Annual administration report of the Civil Veterinary Department of India - 1896-1897
Year: 1896
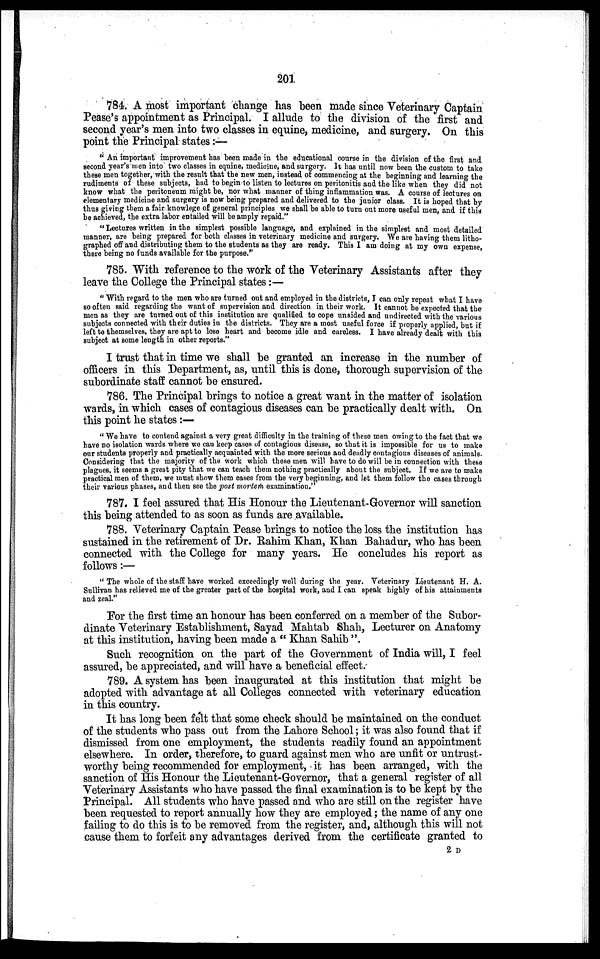
201
784. A most important change has been made since Veterinary Captain
Pease's appointment as Principal. I allude to the division of the first and
second year's men into two classes in equine, medicine, and surgery. On this
point the Principal states:—
" An important improvement has been made in the educational course in the division of the first and
second year's men into two classes in equine, medicine, and surgery. It has until now been the custom to take
these men together, with the result that the new men, instead of commencing at the beginning and learning the
rudiments of these subjects, had to begin to listen to lectures on peritonitis and the like when they did not
know what the peritoneum might be, nor what manner of thing inflammation was. A course of lectures on
elementary medicine and surgery is now being prepared and delivered to the junior class. It is hoped that by
thus giving them a fair knowlege of general principles we shall be able to turn out more useful men, and if this
be achieved, the extra labor entailed will be amply repaid."
" Lectures written in the simplest possible language, and explained in the simplest and most detailed
manner, are being prepared for both classes in veterinary medicine and surgery. We are having them litho-
graphed off and distributing them to the students as they are ready. This I am doing at my own expense,
there being no funds available for the purpose."
785. With reference to the work of the Veterinary Assistants after they
leave the College the Principal states:—
" With regard to the men who are turned out and employed in the districts, I can only repeat what I have
so often said regarding the want of supervision and direction in their work. It cannot be expected that the
men as they are turned out of this institution are qualified to cope unaided and undirected with the various
subjects connected with their duties in the districts. They are a most useful force if properly applied, but if
left to themselves, they are apt to lose heart and become idle and careless. I have already dealt with this
subject at some length in other reports."
I trust that in time we shall be granted an increase in the number of
officers in this Department, as, until this is done, thorough supervision of the
subordinate staff cannot be ensured.
786. The Principal brings to notice a great want in the matter of isolation
wards, in which cases of contagious diseases can be practically dealt with. On
this point he states:—
" We have to contend against a very great difficulty in the training of these men owing to the fact that we
have no isolation wards where we can keep cases of contagious disease, so that it is impossible for us to make
our students properly and practically acquainted with the more serious and deadly contagious diseases of animals.
Considering that the majority of the work which these men will have to do will be in connection with these
plagues, it seems a great pity that we can teach them nothing practically about the subject. If we are to make
practical men of them, we must show them cases from the very beginning, and let them follow the cases through
their various phases, and then see the post mortem examination."
787. I feel assured that His Honour the Lieutenant-Governor will sanction
this being attended to as soon as funds are available.
788. Veterinary Captain Pease brings to notice the loss the institution has
sustained in the retirement of Dr. Rahim Khan, Khan Bahadur, who has been
connected with the College for many years. He concludes his report as
follows :—
" The whole of the staff have worked exceedingly well during the year. Veterinary Lieutenant H. A.
Sullivan has relieved me of the greater part of the hospital work, and I can speak highly of his attainments
and zeal."
For the first time an honour has been conferred on a member of the Subor-
dinate Veterinary Establishment, Sayad Mahtab Shah, Lecturer on Anatomy
at this institution, having been made a "Khan Sahib".
Such recognition on the part of the Government of India will, I feel
assured, be appreciated, and will have a beneficial effect.
789. A system has been inaugurated at this institution that might be
adopted with advantage at all Colleges connected with veterinary education
in this country.
It has long been felt that some check should be maintained on the conduct
of the students who pass out from the Lahore School; it was also found that if
dismissed from one employment, the students readily found an appointment
elsewhere. In order, therefore, to guard against men who are unfit or untrust-
worthy being recommended for employment, it has been arranged, with the
sanction of His Honour the Lieutenant-Governor, that a general register of all
Veterinary Assistants who have passed the final examination is to be kept by the
Principal. All students who have passed and who are still on the register have
been requested to report annually how they are employed; the name of any one
failing to do this is to be removed from the register, and, although this will not
cause them to forfeit any advantages derived from the certificate granted to
2 D